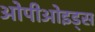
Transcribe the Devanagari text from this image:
ओपीओइड्स